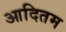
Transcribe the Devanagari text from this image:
आदितम